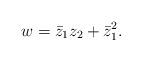
LaTeX: \begin{align*}w = \bar{z}_1 z_2 + \bar{z}_1^2.\end{align*}